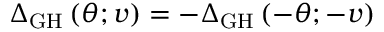
{ \Delta _ { \mathrm { { G H } } } } \left( { \theta ; v } \right) = - { \Delta _ { \mathrm { { G H } } } } \left( { - \theta ; - v } \right)